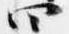
四